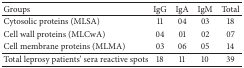
<table><thead><tr><td><b>Groups</b></td><td><b>IgG</b></td><td><b>IgA</b></td><td><b>IgM</b></td><td><b>Total</b></td></tr></thead><tbody><tr><td>Cytosolic proteins (MLSA)</td><td>11</td><td>04</td><td>03</td><td>18</td></tr><tr><td>Cell wall proteins (MLCwA)</td><td>04</td><td>01</td><td>02</td><td>07</td></tr><tr><td>Cell membrane proteins (MLMA)</td><td>03</td><td>06</td><td>05</td><td>14</td></tr><tr><td>Total leprosy patients&#x27; sera reactive spots</td><td>18</td><td>11</td><td>10</td><td>39</td></tr></tbody></table>